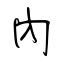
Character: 內